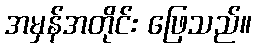
အမှန်အတိုင်း ဖြေသည်။